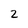
Character: 2